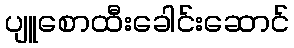
ပျူစောထီးခေါင်းဆောင်